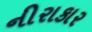
નીરાકાર